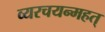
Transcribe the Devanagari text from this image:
व्यरचयन्महत्